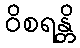
ဝိစရန္တိ